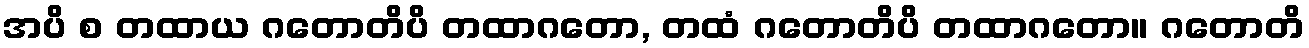
အပိ စ တထာယ ဂတောတိပိ တထာဂတော, တထံ ဂတောတိပိ တထာဂတော။ ဂတောတိ